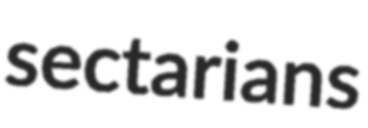
sectarians